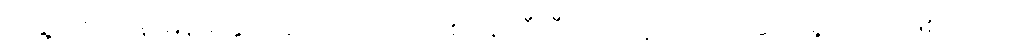
အဖွဲ့အစည်းနဲ့ မြန်မာနိုင်ငံဆိုင်ရာ ယူအက်စ် အိုင်စီတီ တို့က ပူးပေါင်း ဆောင်ရွက်တာ ဖြစ်ပါတယ်။